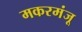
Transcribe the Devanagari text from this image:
मकरमंजू